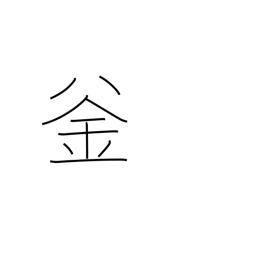
Meaning: kettle